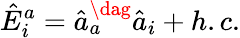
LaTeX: \hat{E}_{i}^{a}=\hat{a}_{a}^{\dag}\hat{a}_{i}+h.c.